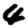
Digit: 4